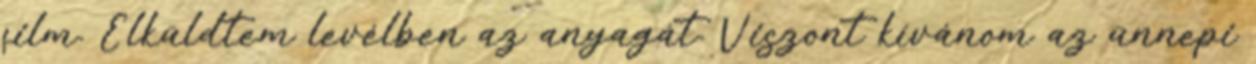
film. Elküldtem levélben az anyagát. Viszont kívánom az ünnepi